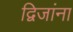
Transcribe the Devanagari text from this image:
द्विजांना